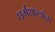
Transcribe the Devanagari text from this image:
धर्मशास्त्रांचा